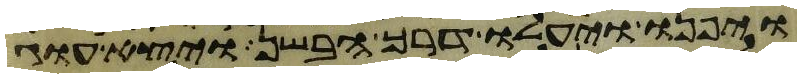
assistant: ויפנו ויעלו דרך הבשן ויצא עוג